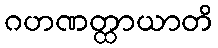
ဂဟဏတ္ထာယာတိ